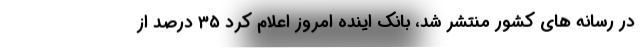
در رسانه های کشور منتشر شد، بانک اینده امروز اعلام کرد ۳۵ درصد از